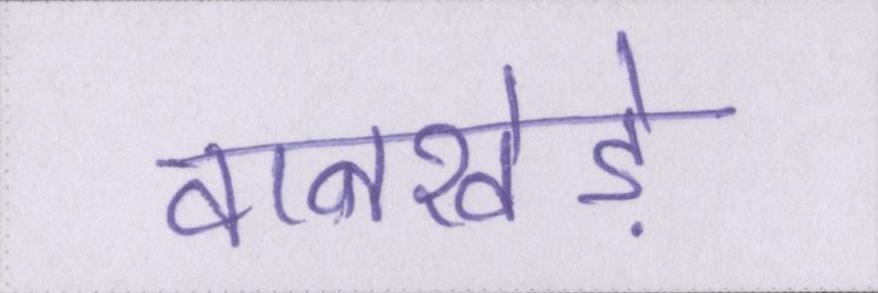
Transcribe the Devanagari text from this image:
वानखेड़े